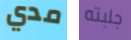
مدي جلبته